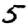
Digit: 5